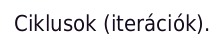
Ciklusok (iterációk).